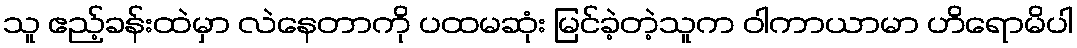
သူ ဧည့်ခန်းထဲမှာ လဲနေတာကို ပထမဆုံး မြင်ခဲ့တဲ့သူက ဝါကာယာမာ ဟိရောမိပါ